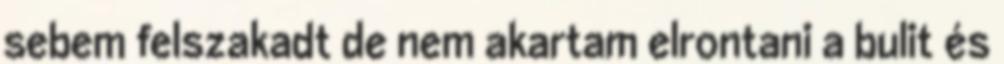
sebem felszakadt de nem akartam elrontani a bulit és